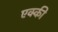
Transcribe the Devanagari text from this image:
एक्की